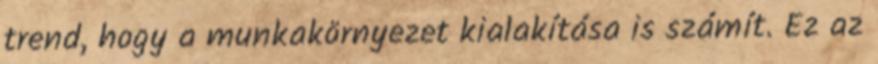
trend, hogy a munkakörnyezet kialakítása is számít. Ez az